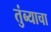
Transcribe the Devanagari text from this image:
तुंब्याचा